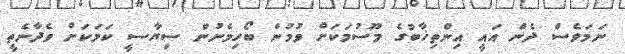
ނަމަވެސް ދެން އައީ އިންތިޚާބުގެ މޫސުމަކަށް ވުމުން ބޯހިމެނުން ސިޔާސީ ކަމަކަށް ވެދާނެތީ